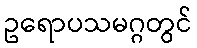
ဥရောပသမဂ္ဂတွင်